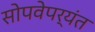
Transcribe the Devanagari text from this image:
सोपवेपर्यंत